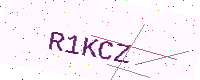
Text: R1KCZ